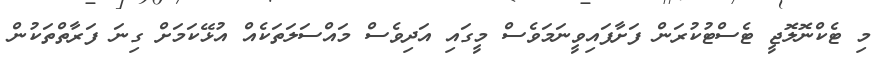
މި ޓެކްނޮލޮޖީ ޓެސްޓުކުރަން ފަށާފައިވީނަމަވެސް މީގައި އަދިވެސް މައްސަލަތަކެއް އުޅޭކަމަށް ގިނަ ފަރާތްތަކުން